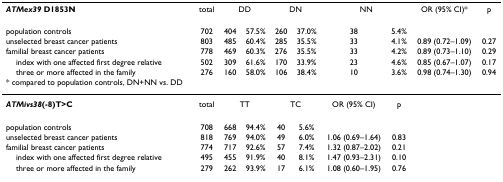
| ATMex39 D1853N | total | <COLSPAN=2> DD | <COLSPAN=2> DN | <COLSPAN=2> NN | OR (95% CI)* | p |
 | --- | --- | --- | --- | --- | --- | --- | --- | --- | --- |
 | population controls | 702 | 404 | 57.5% | 260 | 37.0% | 38 | 5.4% |  |  |
 | unselected breast cancer patients | 803 | 485 | 60.4% | 285 | 35.5% | 33 | 4.1% | 0.89 (0.72–1.09) | 0.27 |
 | familial breast cancer patients | 778 | 469 | 60.3% | 276 | 35.5% | 33 | 4.2% | 0.89 (0.73–1.10) | 0.29 |
 | index with one affected first degree relative | 502 | 309 | 61.6% | 170 | 33.9% | 23 | 4.6% | 0.85 (0.67–1.07) | 0.17 |
 | three or more affected in the family | 276 | 160 | 58.0% | 106 | 38.4% | 10 | 3.6% | 0.98 (0.74–1.30) | 0.94 |
 | * compared to population controls, DN+NN vs. DD |  |  |  |  |  |  |  |  |  |
 | ATMivs38(-8)T>C | total | <COLSPAN=2> TT | <COLSPAN=2> TC | OR (95% CI) | p |  |  |
 | population controls | 708 | 668 | 94.4% | 40 | 5.6% |  |  |  |  |
 | unselected breast cancer patients | 818 | 769 | 94.0% | 49 | 6.0% | 1.06 (0.69–1.64) | 0.83 |  |  |
 | familial breast cancer patients | 774 | 717 | 92.6% | 57 | 7.4% | 1.32 (0.87–2.02) | 0.21 |  |  |
 | index with one affected first degree relative | 495 | 455 | 91.9% | 40 | 8.1% | 1.47 (0.93–2.31) | 0.10 |  |  |
 | three or more affected in the family | 279 | 262 | 93.9% | 17 | 6.1% | 1.08 (0.60–1.95) | 0.76 |  |  |